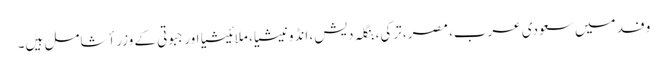
وفد میں سعودی عرب، مصر، ترکی، بنگلہ دیش، انڈونیشیا، ملائیشیا اور جبوتی کے وزراٴ شامل ہیں۔